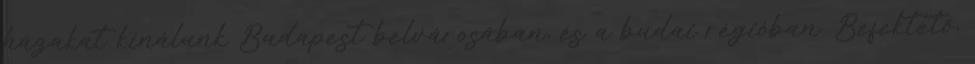
házakat kínálunk Budapest belvárosában, és a budai régióban. Befektető,